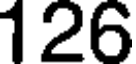
126